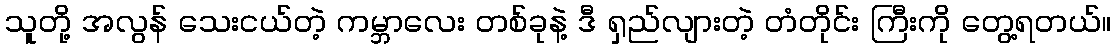
သူတို့ အလွန် သေးငယ်တဲ့ ကမ္ဘာလေး တစ်ခုနဲ့ ဒီ ရှည်လျားတဲ့ တံတိုင်း ကြီးကို တွေ့ရတယ်။